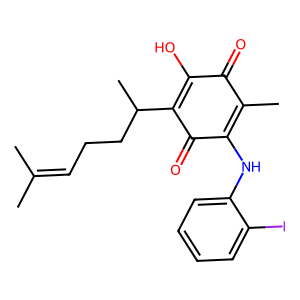
SMILES: CC(C)=CCCC(C)C1=C(O)C(=O)C(C)=C(Nc2ccccc2I)C1=O
Inhibits HIV replication: No